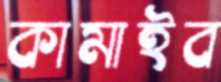
কামাইব